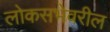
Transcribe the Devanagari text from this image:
लोकसभेवरील